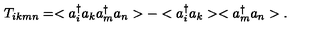
T _ { i k m n } = < a _ { i } ^ { \dag } a _ { k } a _ { m } ^ { \dag } a _ { n } > - < a _ { i } ^ { \dag } a _ { k } > < a _ { m } ^ { \dag } a _ { n } > .